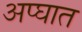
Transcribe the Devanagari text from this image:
अप्घात